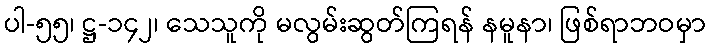
ပါ-၅၅၊ ဋ္ဌ-၁၄၂၊ သေသူကို မလွမ်းဆွတ်ကြရန် နမူနာ၊ ဖြစ်ရာဘဝမှာ